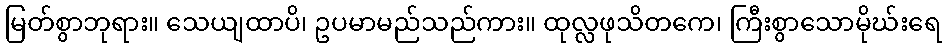
မြတ်စွာဘုရား။ သေယျထာပိ၊ ဥပမာမည်သည်ကား။ ထုလ္လဖုသိတကေ၊ ကြီးစွာသောမိုဃ်းရေ